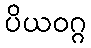
ပိယဝဂ္ဂ